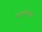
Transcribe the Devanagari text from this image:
परतत्त्वस्पर्श